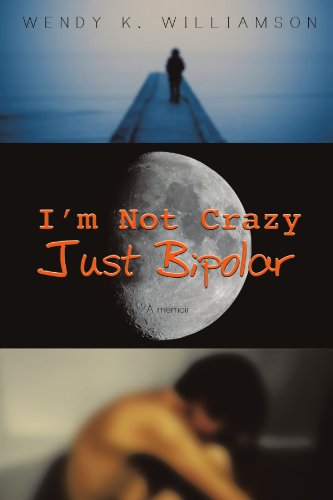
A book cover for I'm Not Crazy Just Bipolar; Wendy K Williamson; Health, Fitness & Dieting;